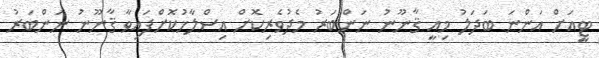
ޓީއަށް އަންނަ ބަދަލު މިއީ ޤާނޫނު ނަންބަރު މެދުވެރިކޮށް އިސްލާހުކޮށްފައިވާ ޤާނޫނު ނަންބަރު